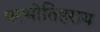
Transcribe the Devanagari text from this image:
परभीतिहराय